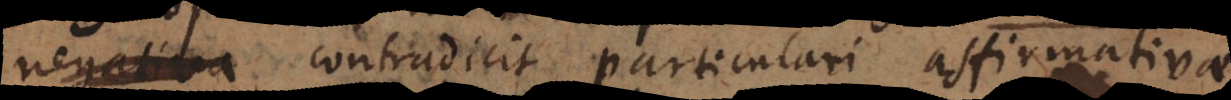
quam contradicit particulari affirmativae.